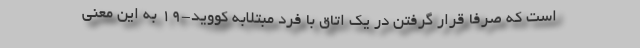
است که صرفا قرار گرفتن در یک اتاق با فرد مبتلابه کووید-۱۹ به این معنی